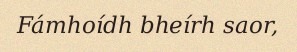
Fámhoídh bheírh saor,